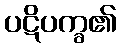
ပဋိပက္ခ၏